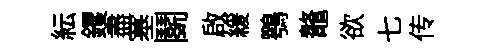
紜钁盡塞鬬啟緩鶚鼇欲七传